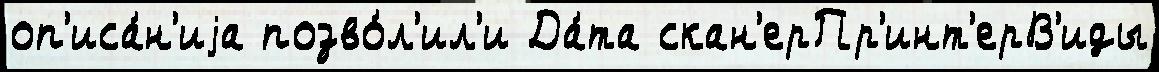
оп'иса́н'иjа позво́л'ил'и Да́та скан'ерПр'инт'ерВ'иды